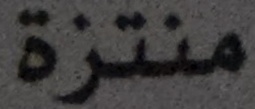
منتزة